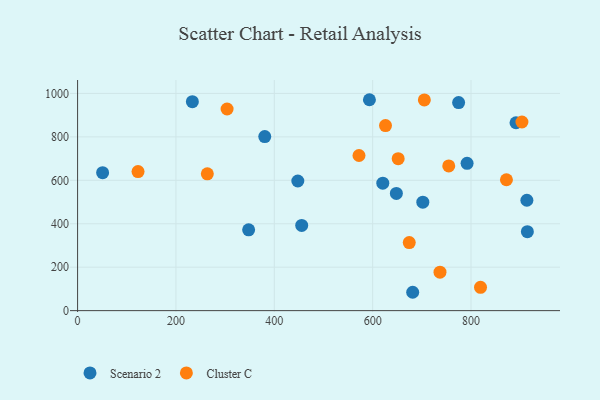
{"axis": {"x": "Engine Size", "y": "Yield"}, "legend": ["Cluster C", "Scenario 2"], "data": [{"x": "593.4", "y": 971.0, "type": "Scenario 2"}, {"x": "681.4", "y": 84.5, "type": "Scenario 2"}, {"x": "455.7", "y": 392.3, "type": "Scenario 2"}, {"x": "702.0", "y": 499.2, "type": "Scenario 2"}, {"x": "774.8", "y": 957.7, "type": "Scenario 2"}, {"x": "347.8", "y": 372.0, "type": "Scenario 2"}, {"x": "233.4", "y": 961.9, "type": "Scenario 2"}, {"x": "914.6", "y": 363.3, "type": "Scenario 2"}, {"x": "648.2", "y": 539.7, "type": "Scenario 2"}, {"x": "380.6", "y": 801.5, "type": "Scenario 2"}, {"x": "50.9", "y": 635.3, "type": "Scenario 2"}, {"x": "792.0", "y": 678.1, "type": "Scenario 2"}, {"x": "620.6", "y": 587.0, "type": "Scenario 2"}, {"x": "913.6", "y": 508.2, "type": "Scenario 2"}, {"x": "891.5", "y": 864.9, "type": "Scenario 2"}, {"x": "447.8", "y": 596.7, "type": "Scenario 2"}, {"x": "903.5", "y": 868.4, "type": "Cluster C"}, {"x": "754.7", "y": 666.2, "type": "Cluster C"}, {"x": "304.0", "y": 928.3, "type": "Cluster C"}, {"x": "626.1", "y": 852.1, "type": "Cluster C"}, {"x": "705.1", "y": 970.3, "type": "Cluster C"}, {"x": "872.0", "y": 602.6, "type": "Cluster C"}, {"x": "674.4", "y": 313.4, "type": "Cluster C"}, {"x": "819.3", "y": 107.5, "type": "Cluster C"}, {"x": "651.9", "y": 699.8, "type": "Cluster C"}, {"x": "572.2", "y": 714.1, "type": "Cluster C"}, {"x": "263.8", "y": 629.7, "type": "Cluster C"}, {"x": "122.9", "y": 640.2, "type": "Cluster C"}, {"x": "736.9", "y": 177.1, "type": "Cluster C"}]}